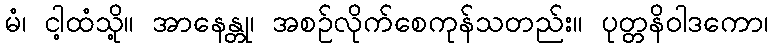
မံ၊ ငါ့ထံသို့။ အာနေန္တု၊ အစဉ်လိုက်စေကုန်သတည်း။ ပုတ္တနိဝါဒကော၊